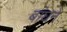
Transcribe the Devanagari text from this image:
बांघने